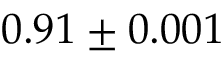
0 . 9 1 \pm 0 . 0 0 1